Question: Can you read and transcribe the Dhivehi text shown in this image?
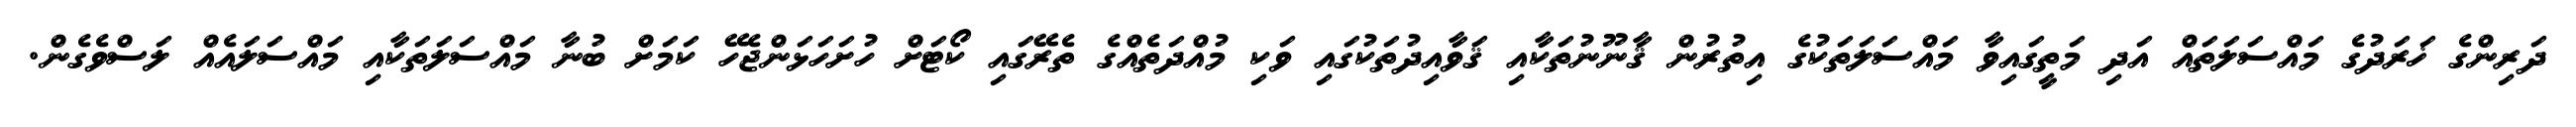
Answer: ދަރިންގެ ޚަރަދުގެ މައްސަލަތައް އަދި މަތީގައިވާ މައްސަލަތަކުގެ އިތުރުން ޤާނޫނުތަކާއި ޤަވާއިދުތަކުގައި ވަކި މުއްދަތެއްގެ ތެރޭގައި ކޯޓަށް ހުށަހަޅަންޖެހޭ ކަމަށް ބުނާ މައްސަލަތަކާއި މައްސަލައެއް ލަސްވެގެން.